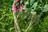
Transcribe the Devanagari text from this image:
गाठोडी